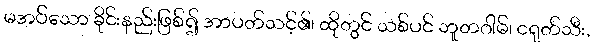
မအပ်သော ခိုင်းနည်းဖြစ်၍ အာပတ်သင့်၏၊ ထိုတွင် သစ်ပင် ဘူတဂါမ်၊ ငရုတ်သီး,